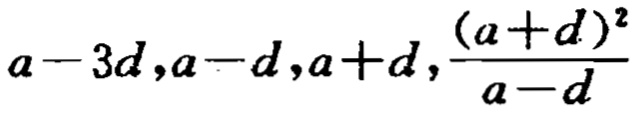
\(a - 3d,a - d,a + d,\frac{(a + d)^2}{a - d}\)